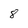
Character: 8